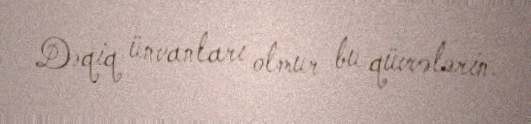
Dəqiq ünvanları olmur bu qüvvələrin.